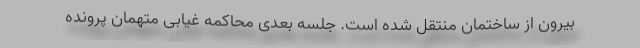
بیرون از ساختمان منتقل شده است. جلسه بعدی محاکمه غیابی متهمان پرونده